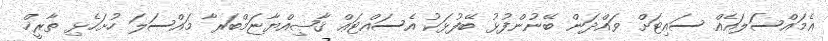
ޢެމައްސަލައެއް ސައިޓަށް ވައްދަން ބޭނުންފުޅު ބޭފުޅަކު އެސައްޓަޢް ޤާޟިއްޔާޏަމްބަރާ މައްސަލަ ހުށަހެޅި ތާރީޚް